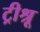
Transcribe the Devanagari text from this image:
ट्रीश्रू